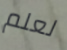
لعلم